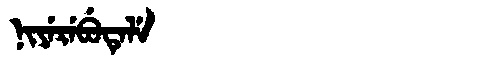
Manchu: ᠨᡳᠶᡝᡵᡝᠪᡠᡨᡝᠯᡝ
Romanization: NIYEREBUTELE